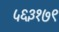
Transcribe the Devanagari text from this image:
५६३१७९